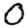
Digit: 0